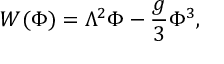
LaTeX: W ( \Phi ) = \Lambda ^ { 2 } \Phi - \frac { g } { 3 } \Phi ^ { 3 } ,